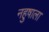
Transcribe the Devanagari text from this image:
नहुषाला